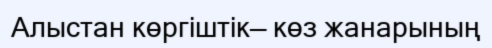
Алыстан көргіштік— көз жанарының